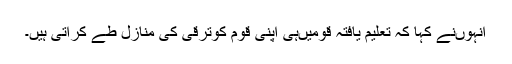
انہوںنے کہا کہ تعلیم یافتہ قومیںہی اپنی قوم کوترقی کی منازل طے کراتی ہیں۔